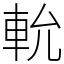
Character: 𨋍